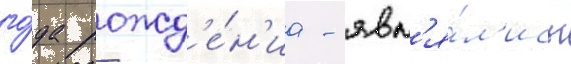
го́да рожд'е́н'иа - явл'я́л'ись